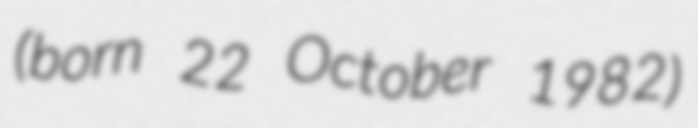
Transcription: (born 22 October 1982)